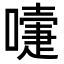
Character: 𭋄